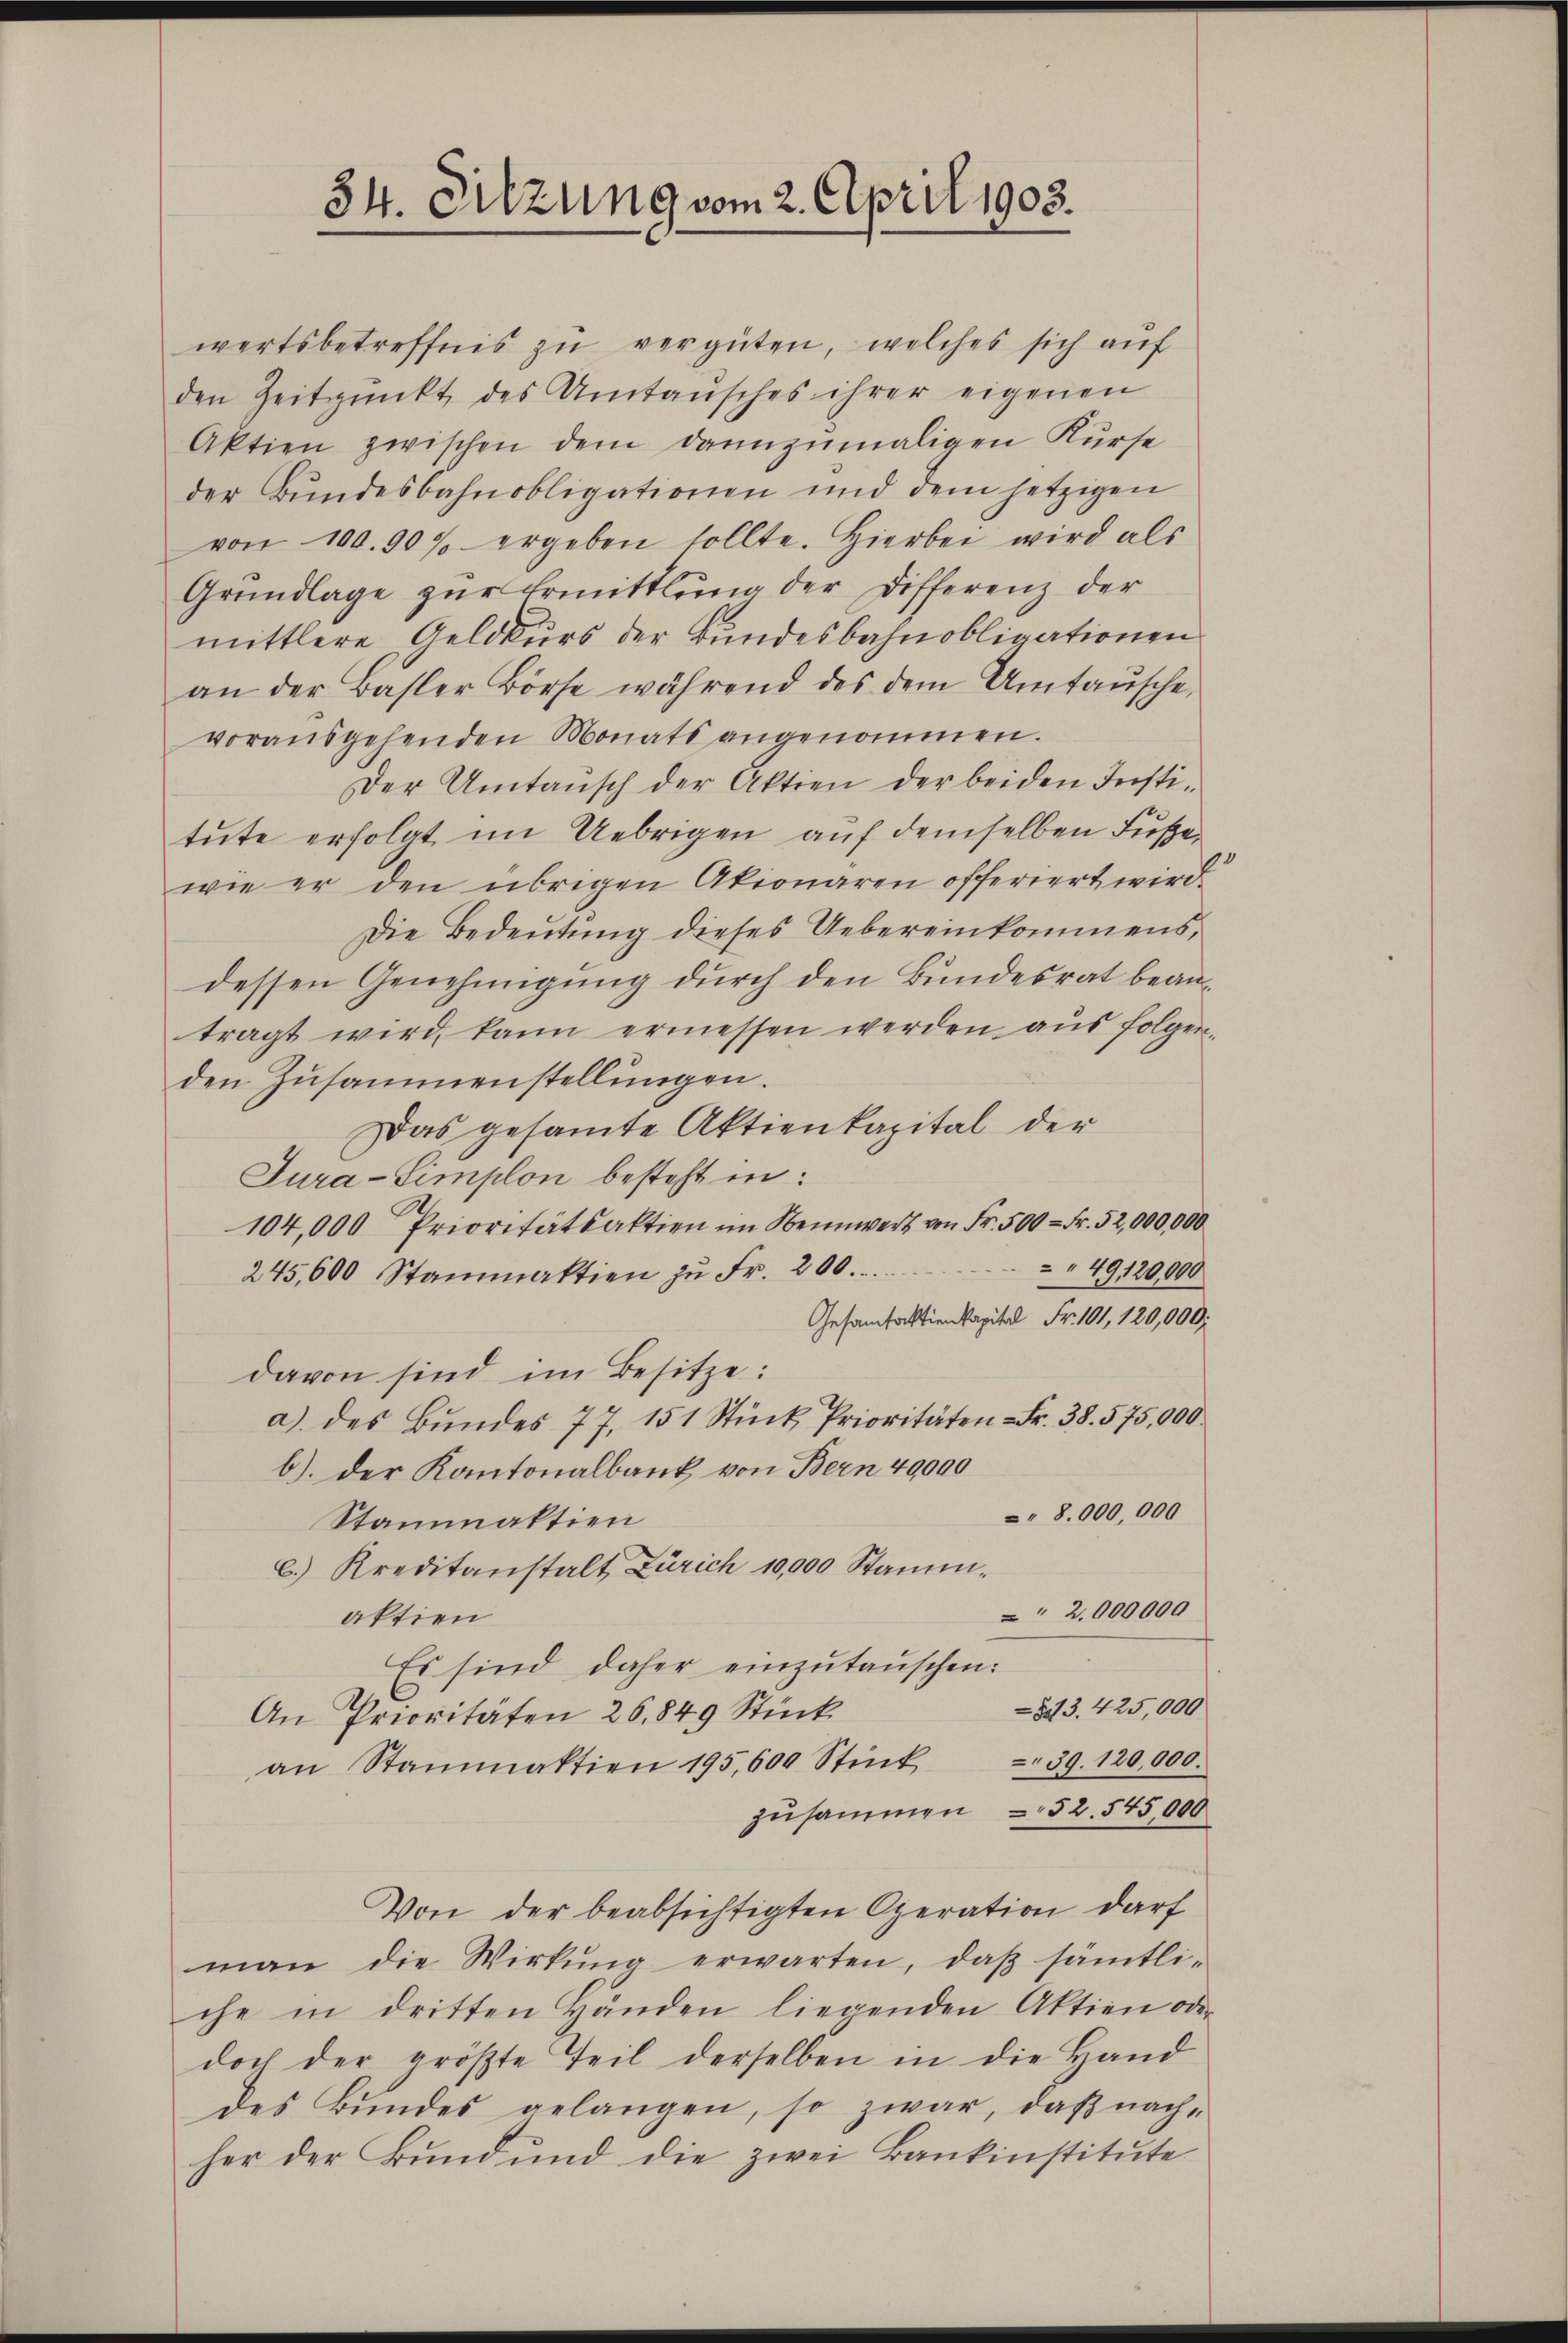
34. Sitzung vom 2. April 1903.

Aktien zwischen dem dannzumaligen Kurse
der Bundesbahnobligationen und dem jetzigen
von 100. 90 % ergeben sollte. Hierbei wird als
Grundlage zŭr Ermittlung der Differenz der
mittlere Geldkurs der Bundesbahnobligationen
an der Basler Börse während des dem Umtaŭsche,
vorausgehenden Monats angenommen.
Der Umtansch der Aktien der beiden Insti-
tŭte erfolgt im Uebrigen auf demselben Fußewie er den übrigen Akionaren offeriert wird.
Die Bedeutung dieses Uebereinkommens,
dessen Genehmigung durch den Bundesrat beantragt wird, kann ermessen werden aŭs folgen-
den Zusammenstellungen.
Das gesamte Aktienkapital der
Tura-Simplon besteht in:
104,000 Prioritätsaktien im Nennwert von Fr. 500 Fr. 52,000,000
49120,000
245,600 Stammaktien zŭ Fr. 200.
Gesamtaktienkapital Fr. 101, 120,000.
davon sind im Besitze:
a) des Bŭndes 77. 151 Stück, Prioritäten - Fr. 38. 575,000.
b). Der Kantonalbank von Bern 40000
8.000,000
Stammaktien
C.) Kreditanstalt Zürich 10,000 Stamm¬
" 2,000000
aktien
Es sind daher einzutauschen:
-83. 425,000
An Prioritäten 26. 849 Stück
39. 120,000.
an Stanaktien 195,600 Stück
zusammen = 52. 545,000
Von der beabsichtigten Operation darf
man die Wirkung erwarten, daß sämtli-
che in dritten Händen liegenden Aktien oder
doch der größte Teil derselben in die Hand
des Bundes gelangen, so zwar, daß nachher der Bund und die zwei Bankinstitute

wertsbetreffnis zu vergüten, welches sich auf
den Zeitpunkt des Umtansches ihrer eigenen